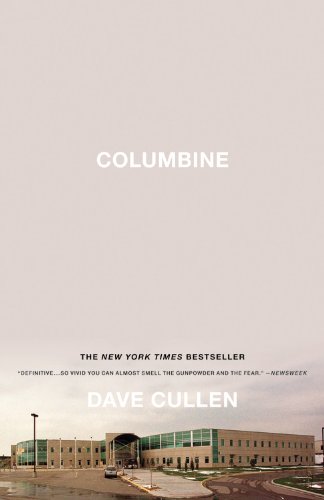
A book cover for Columbine; Dave Cullen; Education & Teaching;